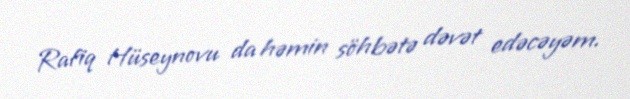
Rafiq Hüseynovu da həmin söhbətə dəvət edəcəyəm.